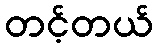
တင့်တယ်